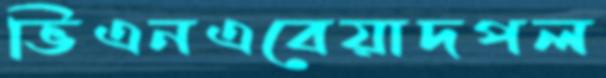
ভিএনএবেয়াদপল